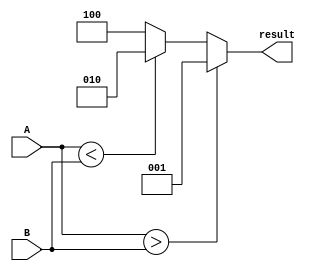
module comparator(
    input [1:0] A,
    input [1:0] B,
    output reg [2:0] result
);

always @(*) begin
    if (A > B)
        result = 3'b001; // A is greater than B
    else if (A < B)
        result = 3'b010; // A is less than B
    else
        result = 3'b100; // A is equal to B
end

endmodule